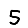
Digit: 5